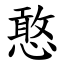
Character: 憨